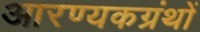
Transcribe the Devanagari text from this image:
आरण्यकग्रंथों